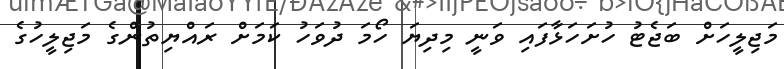
މަޖިލީހަށް ބަޖެޓު ހުށަހަޅާފައި ވަނީ މިދިޔަ ހޯމަ ދުވަހު ކަމަށް ރައްޔިތުންގެ މަޖިލީހުގެ